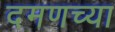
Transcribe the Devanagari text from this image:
दमणच्या